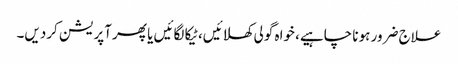
علاج ضرور ہونا چاہیے، خواہ گولی کھلائیں، ٹیکا لگائیں یا پھر آپریشن کردیں۔